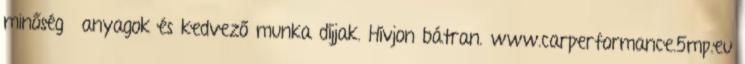
minőségű anyagok és kedvező munka díjjak. Hívjon bátran. www.carperformance.5mp.eu